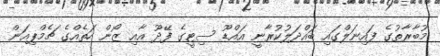
މުބާރާތުގެ ފައިނަލްގައި ބައްދަލުކުރާނީ އައްޑޫ ސިޓީގެ ފޭދޫ އާއި ޒޯން ހަތެއްގެ ޗެމްޕިއަން